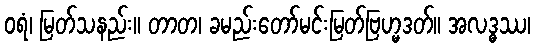
ဝရံ၊ မြတ်သနည်း။ တာတ၊ ခမည်းတော်မင်းမြတ်ဗြဟ္မဒတ်။ အလဒ္ဓဿ၊